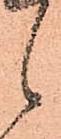
候